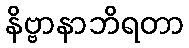
နိဗ္ဗာနာဘိရတာ